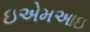
ઇએમઆઇ